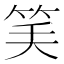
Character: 𥬘